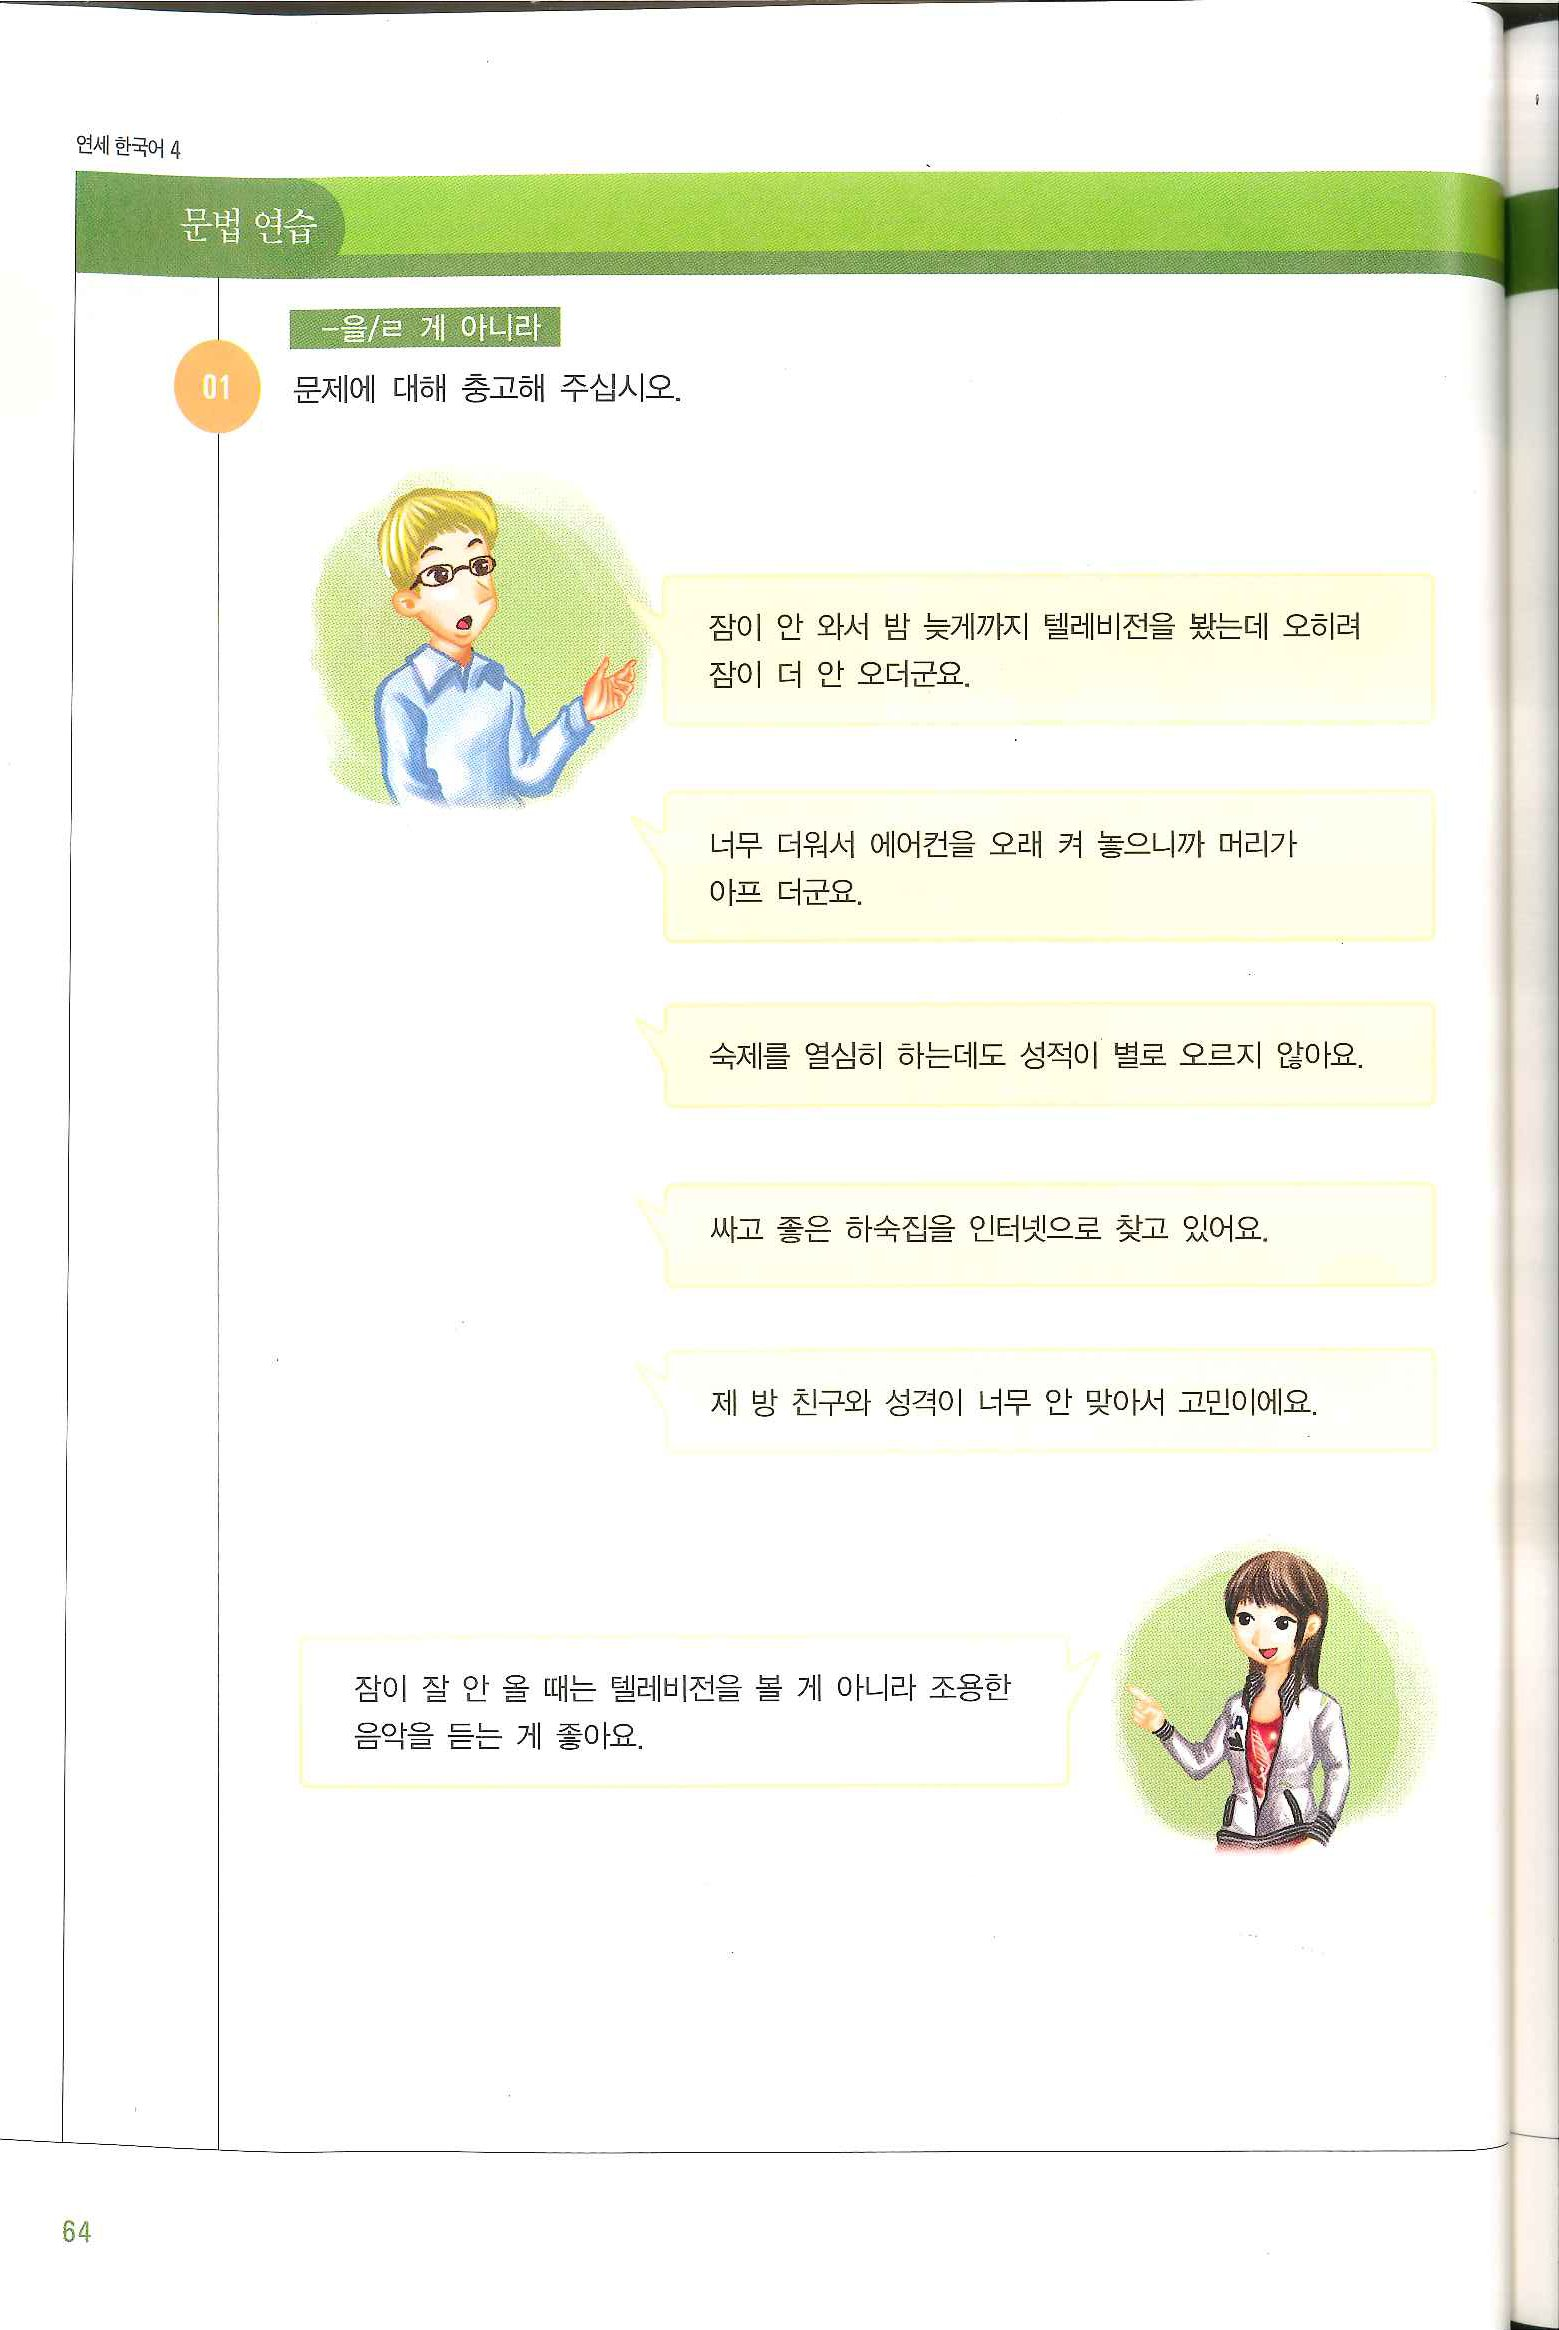
Language: ko